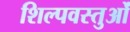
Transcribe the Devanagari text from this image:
शिल्पवस्तुओं